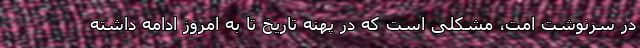
در سرنوشت امت، مشکلی است که در پهنه تاریخ تا به امروز ادامه داشته